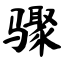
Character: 骤